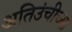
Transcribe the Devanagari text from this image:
अतिउंचीच्या